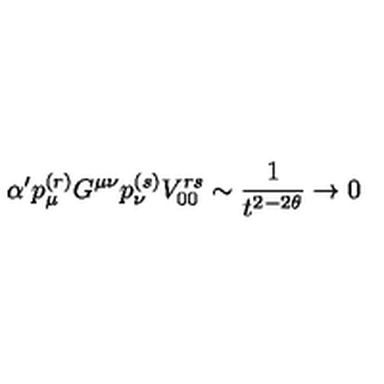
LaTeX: \alpha ^ { \prime } p _ { \mu } ^ { ( r ) } G ^ { \mu \nu } p _ { \nu } ^ { ( s ) } V _ { 0 0 } ^ { r s } \sim { \frac { 1 } { t ^ { 2 - 2 \theta } } } \to 0